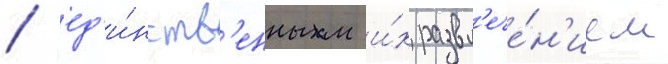
/ ед'и́нств'енным и́х развл'ече́н'ием